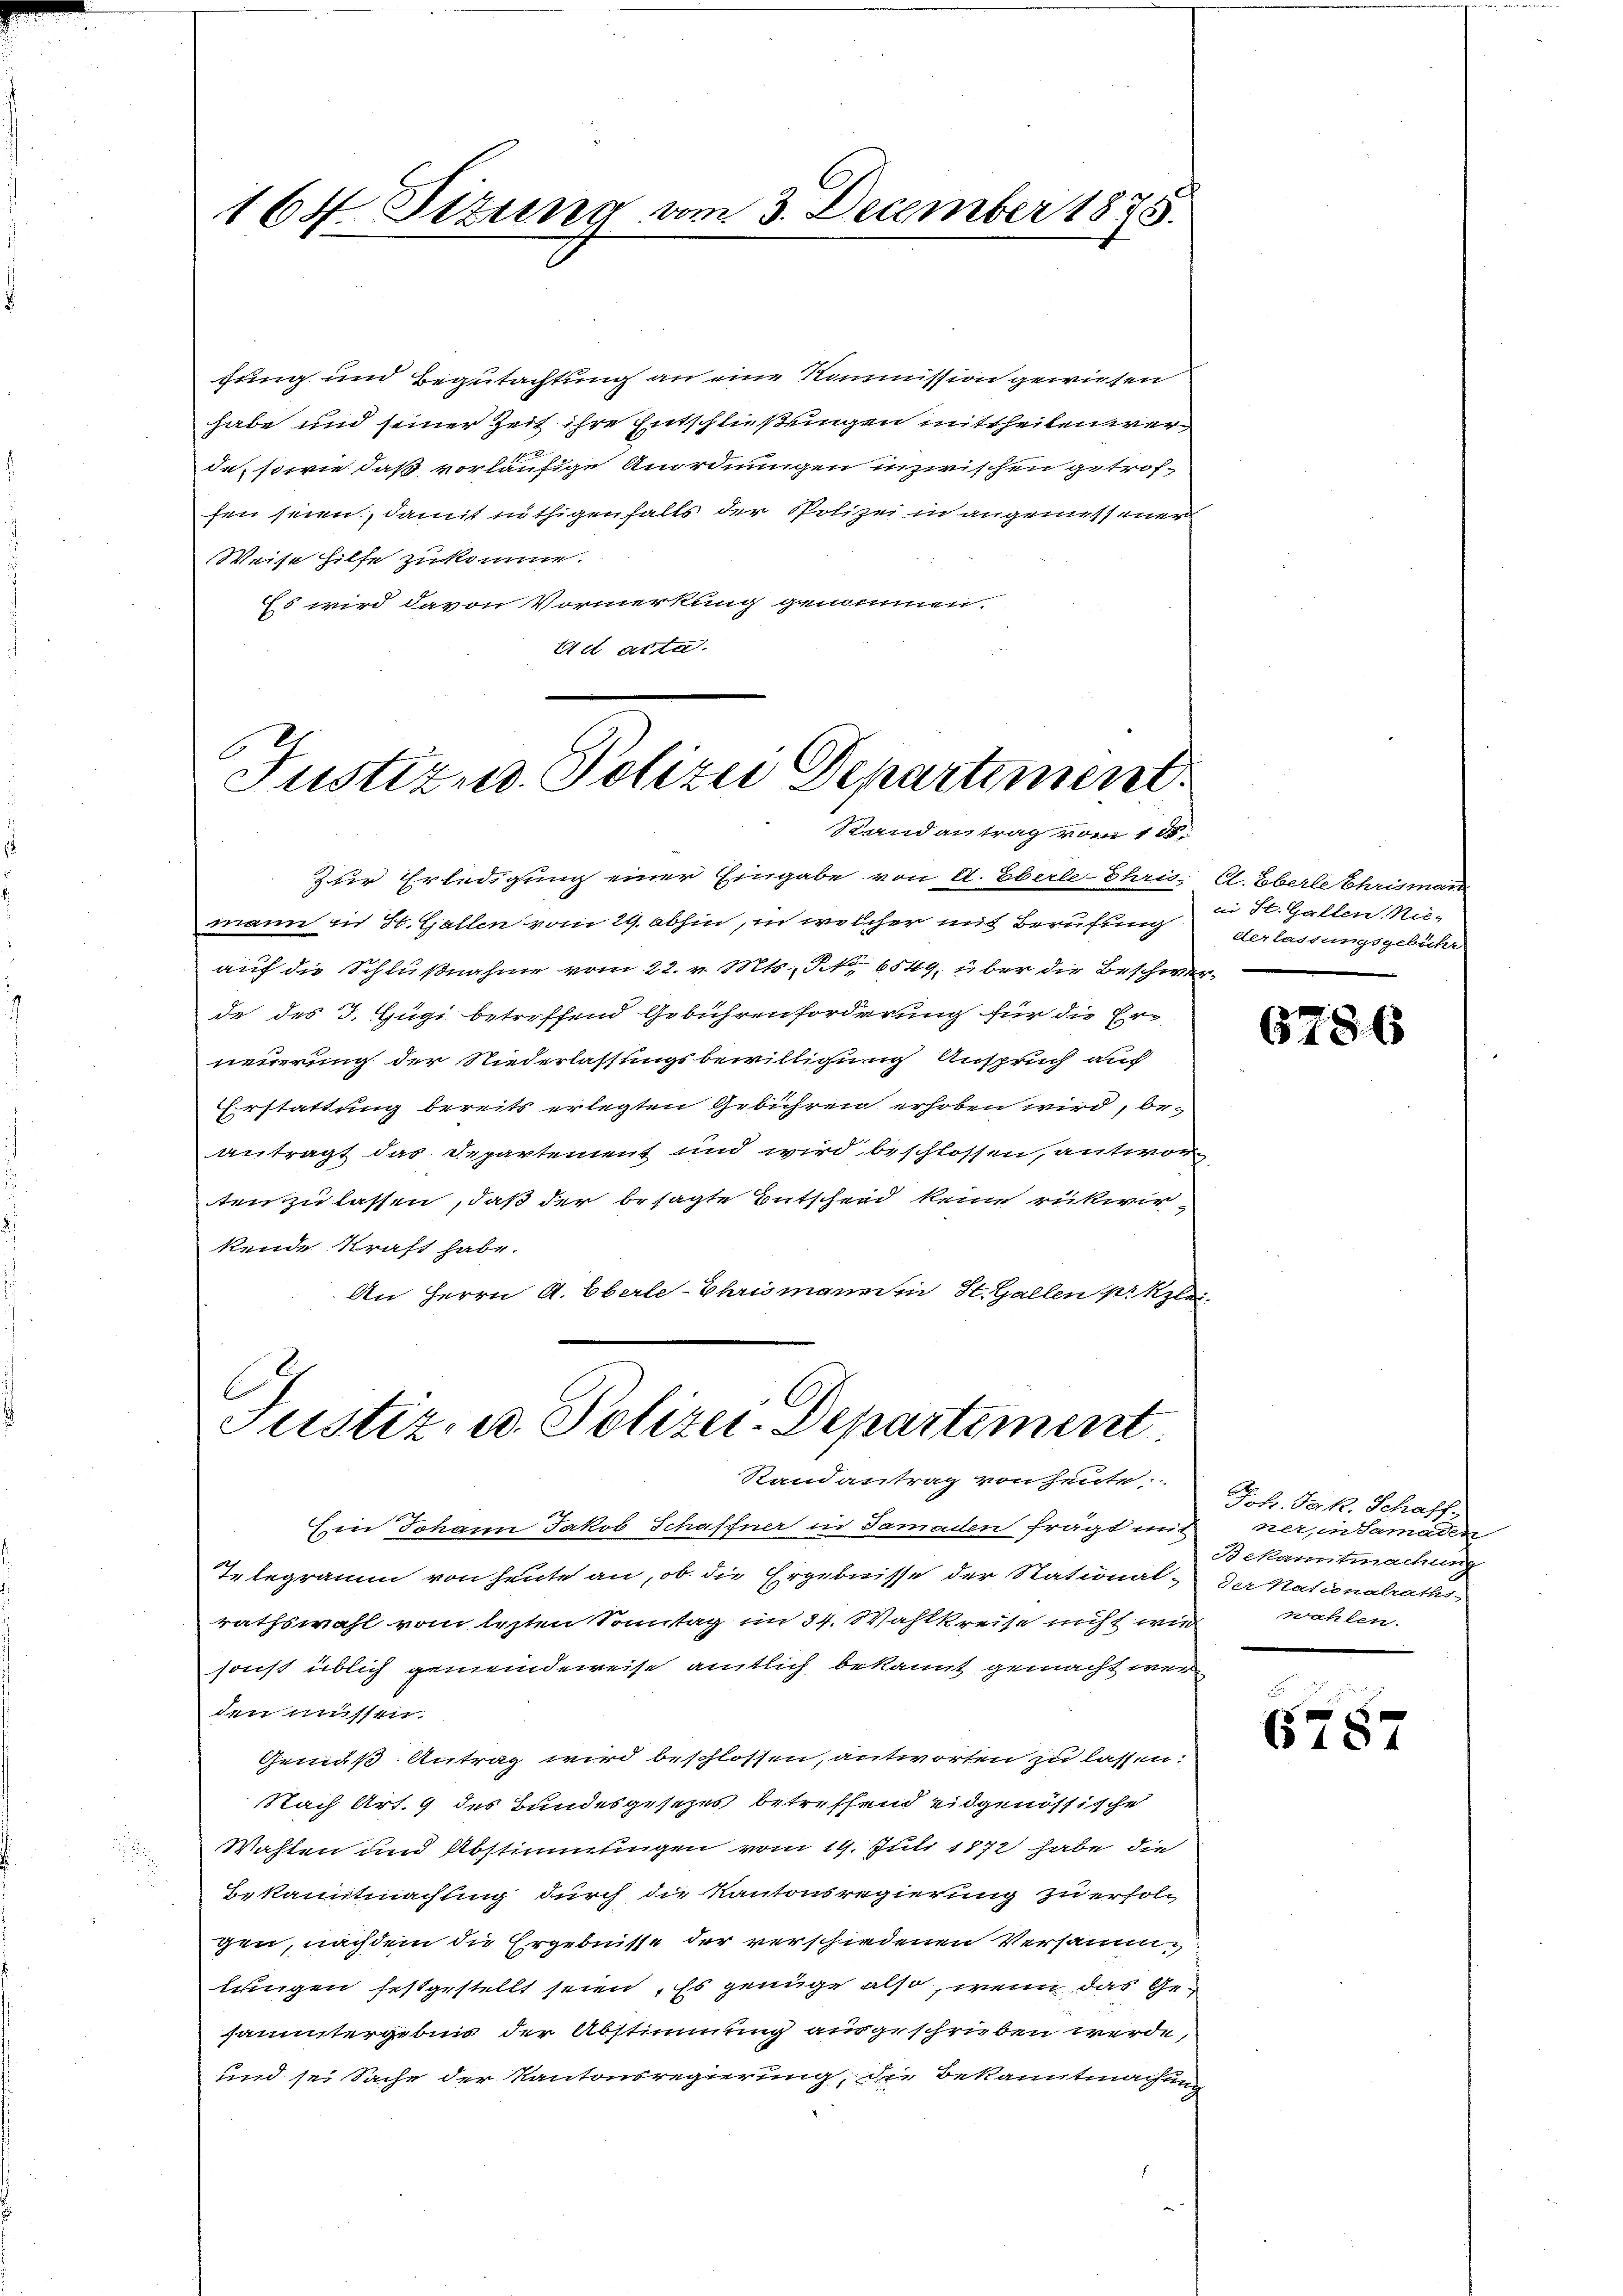
fung und Begutachtung an eine Kommission gewiesen
habe und seiner Zeit ihre Entschließungen mittheilen werde, sowie daß vorläufige Anordnungen inzwischen getroffen seien, damit nöthigenfalls der Polizei in angemesser
Weise hilfe zukomme.
Es wird davon Vormerkung genommen.
4d acta.

164. Sitzung am 3. December 1875.

C
Justiz u. Polizei Departiment.
Randantrag vom 1 t

Zur Erledigung einer Eingabe von A. Eberle-Ehris. Cl. Eberle Chrismann
mann in St. Gallen vom 29. abhin, in welcher mit Berufung
auf die Schlußnahme vom 22. v. Mts., No 6549, über die Beschwer-
de des J. Gugi betreffend Gebührenforderung für die Er-
neuerung der Niederlassungsbewilligung Anspruch auch
Erstattung bereits erlegten Gebühren erhoben wird, beantragt das Departement und wird beschlossen, antwor
tenzulassen, daß der besagte Entscheid keine rükwir
kende kraft habe.
An Herrn A. Eberle-Ehrismannin St. Gallen pr Kzlei-

Justiz- u. Polizei-Departement
Randantrag von heute.

ii St. Gallen. Nie-
derlassungsgebühr

Ein Johann Jakob Schaffner in Samaden frägt mit
Telegramm von heute an, ob die Ergebnisse der National- Der Nationalraths-
rathswahl vom lezten Sonntag im 34. Wahlkreise nicht wie
sonst üblich gemeindeweise amtlich bekannt gemacht wer-
den müssen.
Gemäß Antrag wird beschlossen, antworten zu lassen:
Nach Art. 9 des Bundesgesetzes betreffend eidgenössische
Wahlen und Abstimmungen vom 19. Juli 1872 habe die
Bekanntmachung durch die Kantonsregierung zu erfolgen, nachdem die Ergebnisse der verschiedenen Versamlungen festgestellt seien. Es genüge also, wenn das Gesammtergebnis der Abstimmung ausgeschrieben werde,
und sei Sache der Kantonsregierung, die Bekanntmachung

6786

Joh. Jak. Schaff-
nern Samaden
Bekanntmachung
wahlen.

6787